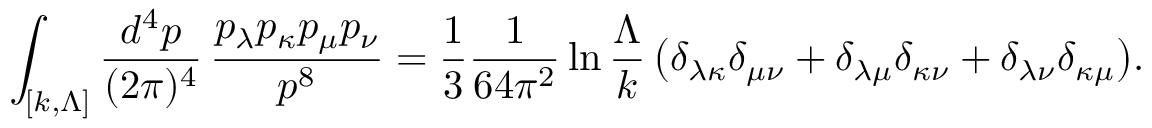
\int _ { [ k , \Lambda ] } \frac { d ^ { 4 } p } { ( 2 \pi ) ^ { 4 } } \, \frac { p _ { \lambda } p _ { \kappa } p _ { \mu } p _ { \nu } } { p ^ { 8 } } = \frac { 1 } { 3 } \frac { 1 } { 6 4 \pi ^ { 2 } } \ln \frac { \Lambda } { k } \, \bigl ( \delta _ { \lambda \kappa } \delta _ { \mu \nu } + \delta _ { \lambda \mu } \delta _ { \kappa \nu } + \delta _ { \lambda \nu } \delta _ { \kappa \mu } \bigr ) .